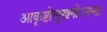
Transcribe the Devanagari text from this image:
आकृष्टोलूखनोऽनन्तः